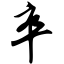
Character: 卒